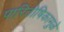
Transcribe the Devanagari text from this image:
पारितोषिकामुळे